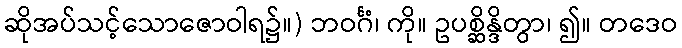
ဆိုအပ်သင့်သောဇောဝါရ၌။) ဘဝင်္ဂံ၊ ကို။ ဥပစ္ဆိန္ဒိတွာ၊ ၍။ တဒေဝ